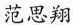
范思翔